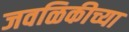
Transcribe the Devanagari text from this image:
जवळिकीच्या